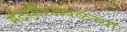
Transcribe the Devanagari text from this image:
मंदसौरजवळच्या